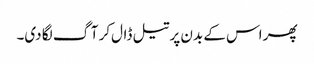
پھر اس کے بدن پر تیل ڈال‌کر آگ لگا دی۔